Madras plague regulations in force outside the Presidency town - Volume 7
Disease focus: Plague
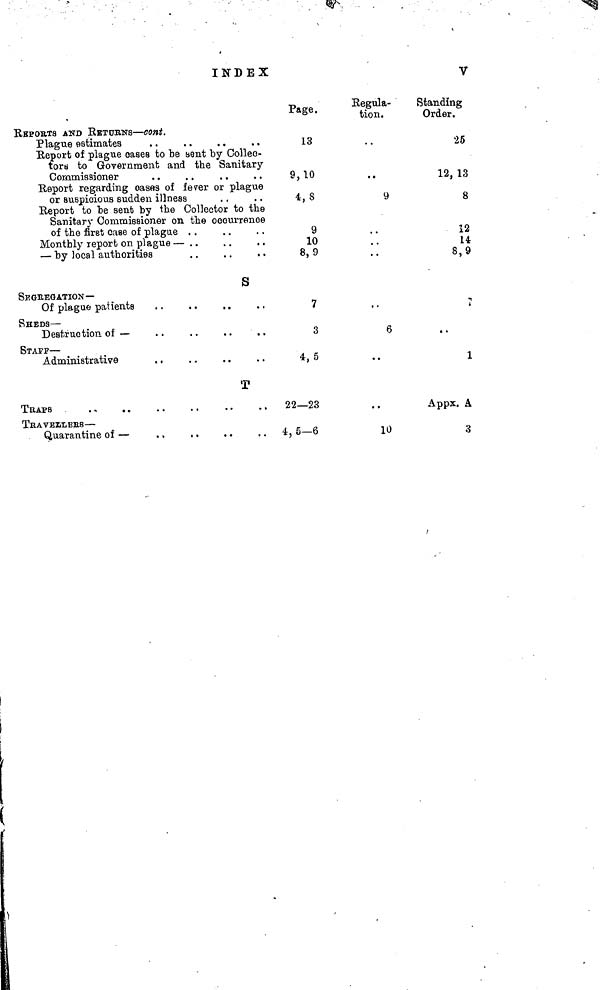
INDEX
V
,
REPORTS AND RETURNS — cont.
Plague estimates
Report of plague cases to be sent by Collec-
tors to Government and the Sanitary
Commissioner
Report regarding cases of fever or plague
or suspicious sudden illness
Report to be sent by the Collector to the
Sanitary Commissioner on the occurrence
of the first case of plague . .
Monthly report on plague — . .
— by local authorities
S
SEGREGATION—
Of plague patients
SHEDS —
Destruction, of —
STAFF —
Administrative
T
TRAPS
TRAVELLERS —
Quarantine of —
Page.
13
9,10
4, 8
9
10
8,9
7
3
4,6
22—23
4, 5—6
Regula-
tion.
, .
9
••
6
••
10
Standing
Order.
25
12, 13
8
12
14
8,9
r
..
i
Appx. A
3